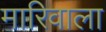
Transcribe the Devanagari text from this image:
मारिवाला